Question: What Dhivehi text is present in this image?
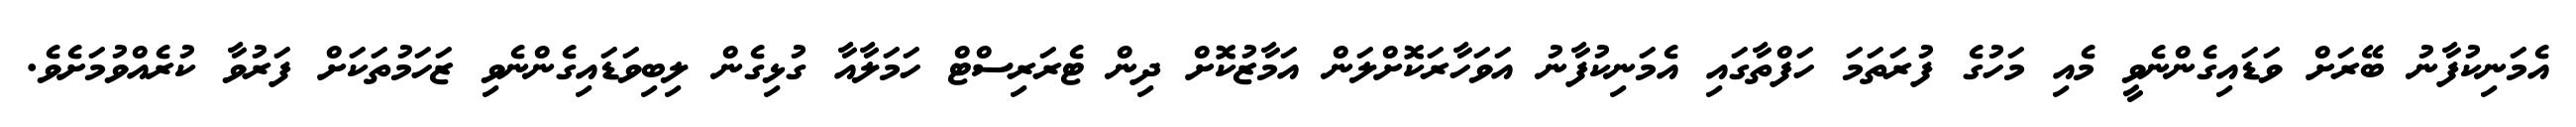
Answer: އެމަނިކުފާނު ބޭރަށް ވަޑައިގެންނެވީ މެއި މަހުގެ ފުރަތަމަ ހަފްތާގައި އެމަނިކުފާނު އަވަހާރަކޮށްލަން އަމާޒުކޮށް ދިން ޓެރަރިސްޓް ހަމަލާއާ ގުޅިގެން ލިބިވަޑައިގެންނެވި ޒަހަމުތަކަށް ފަރުވާ ކުރެއްވުމަށެވެ.